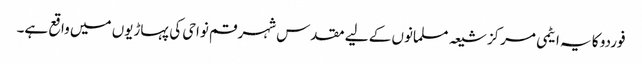
فوردو کا یہ ایٹمی مرکز شیعہ مسلمانوں کے لیے مقدس شہر قم نواحی کی پہاڑیوں میں واقع ہے۔